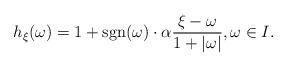
LaTeX: \begin{align*}h_{\xi}(\omega) = 1 + \mbox{sgn}(\omega)\cdot \alpha \frac{\xi - \omega}{1 + |\omega |}, \omega \in I.\end{align*}